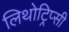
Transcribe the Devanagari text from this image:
लिथोट्रिप्सी